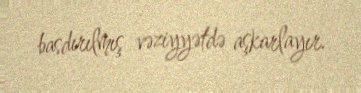
basdırılmış vəziyyətdə aşkarlayır.